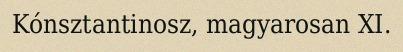
Kónsztantinosz, magyarosan XI.